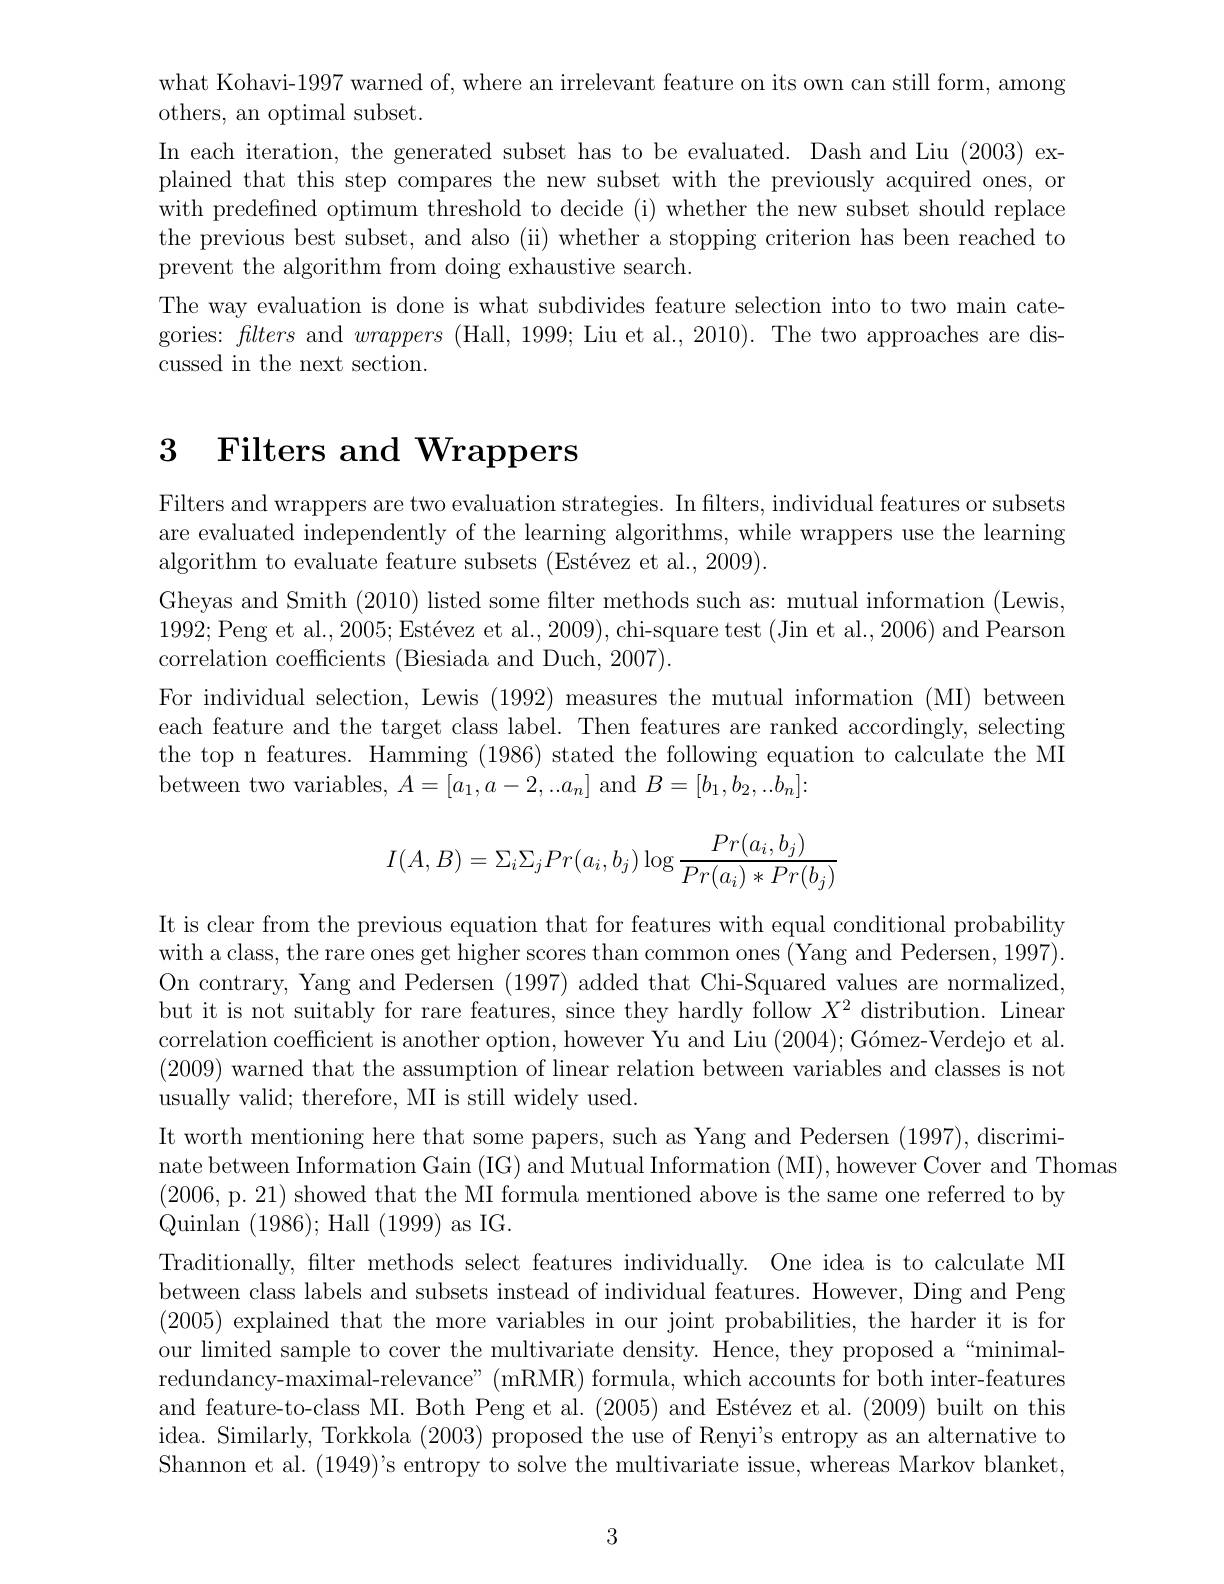
what Kohavi-1997 warned of, where an irrelevant feature on its own can still form, among
others, an optimal subset.
In each iteration, the generated subset has to be evaluated. Dash and Liu (2003) explained that this step compares the new subset with the previously acquired ones, or with predefned optimum threshold to decide (i) whether the new subset should replace the previous best subset, and also (ii) whether a stopping criterion has been reached to prevent the algorithm from doing exhaustive search.
The way evaluation is done is what subdivides feature selection into to two main categories: flters and wrappers (Hall, 1999; Liu et al., 2010). The two approaches are discussed in the next section.

# 3 Filters and Wrappers

Filters and wrappers are two evaluation strategies. In filters, individual features or subsets are evaluated independently of the learning algorithms, while wrappers use the learning algorithm to evaluate feature subsets (Estévez et al., 2009).
Gheyas and Smith (2010) listed some filter methods such as: mutual information (Lewis, 1992; Peng et al., 2005; Estévez et al., 2009), chi-square test (Jin et al., 2006) and Pearson correlation coefficients (Biesiada and Duch, 2007).
For individual selection, Lewis (1992) measures the mutual information (MI) between each feature and the target class label. Then features are ranked accordingly, selecting the top n features. Hamming (1986) stated the following equation to calculate the MI between two variables, $A=[a_1,a-2,..a_n]$ and $B=[b_1,b_2,..b_n]\colon$
$$I(A,B)=\Sigma_i\Sigma_jPr(a_i,b_j)\log\frac{Pr(a_i,b_j)}{Pr(a_i)*Pr(b_j)}$$
It is clear from the previous equation that for features with equal conditional probability with a class, the rare ones get higher scores than common ones (Yang and Pedersen, 1997). On contrary, Yang and Pedersen (1997) added that Chi-Squared values are normalized, but it is not suitably for rare features, since they hardly follow $X^2$ distribution. Linear correlation coefficient is another option, however Yu and Liu $( 2004) ; \text{G\' {o}mez- Verdejoetal. }$ (2009) warned that the assumption of linear relation between variables and classes is not usually valid; therefore, MI is still widely used.
It worth mentioning here that some papers, such as Yang and Pedersen (1997), discrimi-
nate between Information Gain (IG) and Mutual Information (MI), however Cover and Thomas
(2006, p. 21) showed that the MI formula mentioned above is the same one referred to by
Quinlan (1986);Hall(1999)as IG.
Traditionally, filter methods select features individually. One idea is to calculate MI between class labels and subsets instead of individual features. However, Ding and Peng (2005) explained that the more variables in our joint probabilities, the harder it is for our limited sample to cover the multivariate density. Hence, they proposed a“minimalredundancy-maximal-relevance" (mRMR) formula, which accounts for both inter-features and feature-to-class MI. Both Peng et al. (2005) and Estévez et al. (2009) built on this idea. Similarly, Torkkola (2003) proposed the use of Renyi's entropy as an alternative to Shannon et al. $(1949)’$s entropy to solve the multivariate issue, whereas Markov blanket,

3